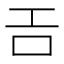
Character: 𢀛